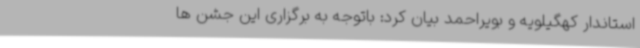
استاندار کهگیلویه و بویراحمد بیان کرد: باتوجه به برگزاری این جشن ها